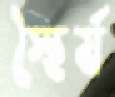
স্থৈর্য